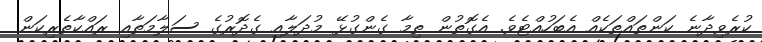
ކުރެވިދާނެ ކަންތައްތަކެއް އެބަހުއްޓެވެ. އެގޮތުން ތިމާ ގެންގުޅޭ މުދަލާއި ގެދޮރުގެ ސަލާމަތާއި ރައްކާތެރިކަން